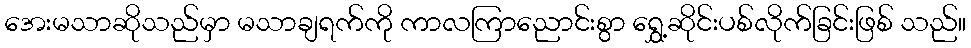
အေးမသာဆိုသည်မှာ မသာချရက်ကို ကာလကြာညောင်းစွာ ရွှေ့ဆိုင်းပစ်လိုက်ခြင်းဖြစ် သည်။